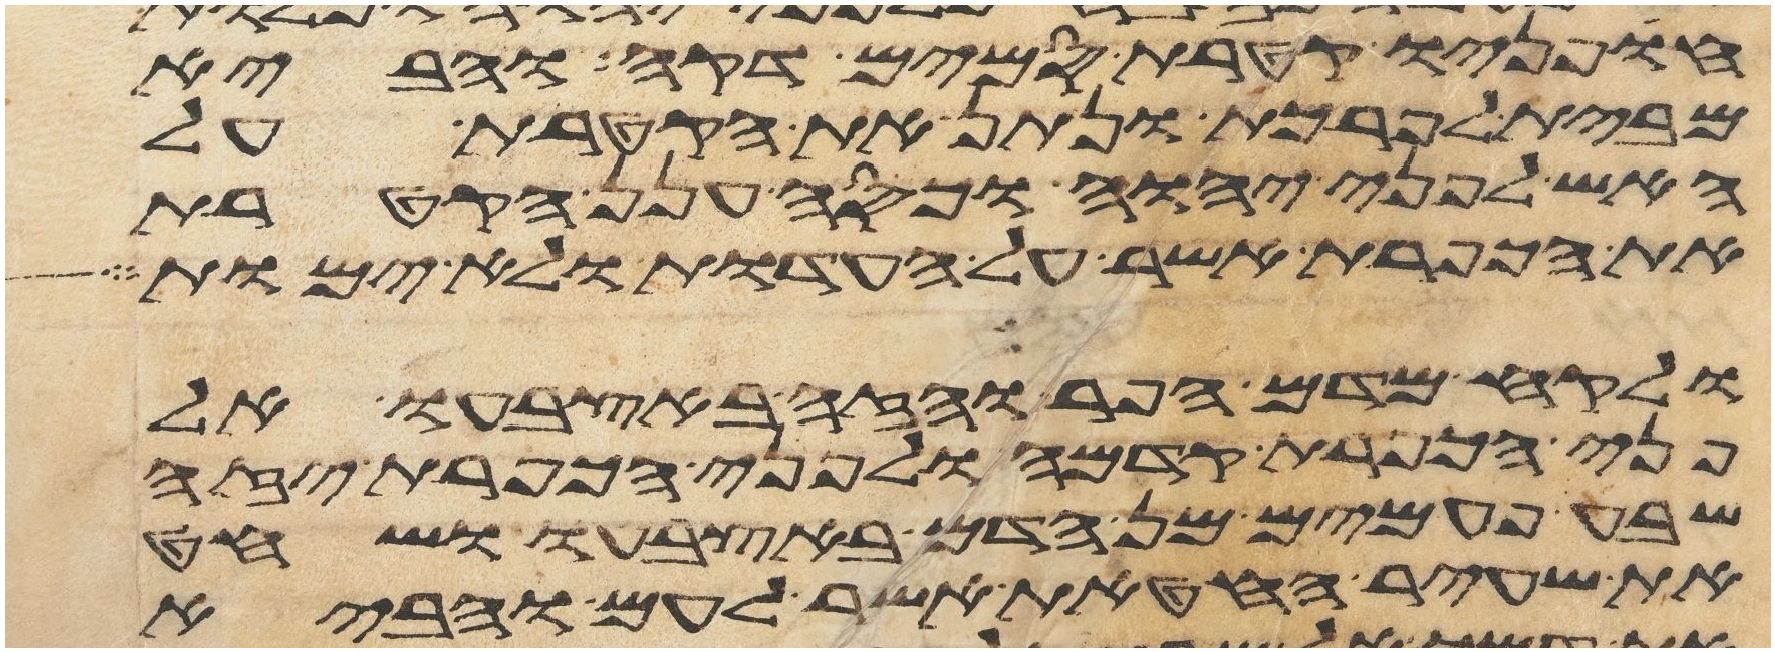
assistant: חפניו קטרת סמים דקה והביא
מבית לפרכת ונתן את הקטרת על
האש לפני יהוה וכסה ענן הקטרת
את הכפרת אשר על העדות ולא ימות
ולקח מדם הפר והזה באצבעו אל
פני הכפרת קדמה ולפני הכפרת יזה
שבע פעמים מן הדם באצבעו ושחט
את שעיר החטאת אשר לעם והביא